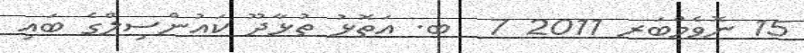
15 ނޮވެމްބަރ 2011 7  ބ. އަތޮޅު ތުޅާދޫ ކައުންސިލްގެ ބައި